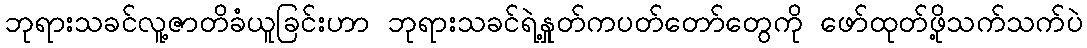
ဘုရားသခင်လူ့ဇာတိခံယူခြင်းဟာ ဘုရားသခင်ရဲ့နှုတ်ကပတ်တော်တွေကို ဖော်ထုတ်ဖို့သက်သက်ပဲ